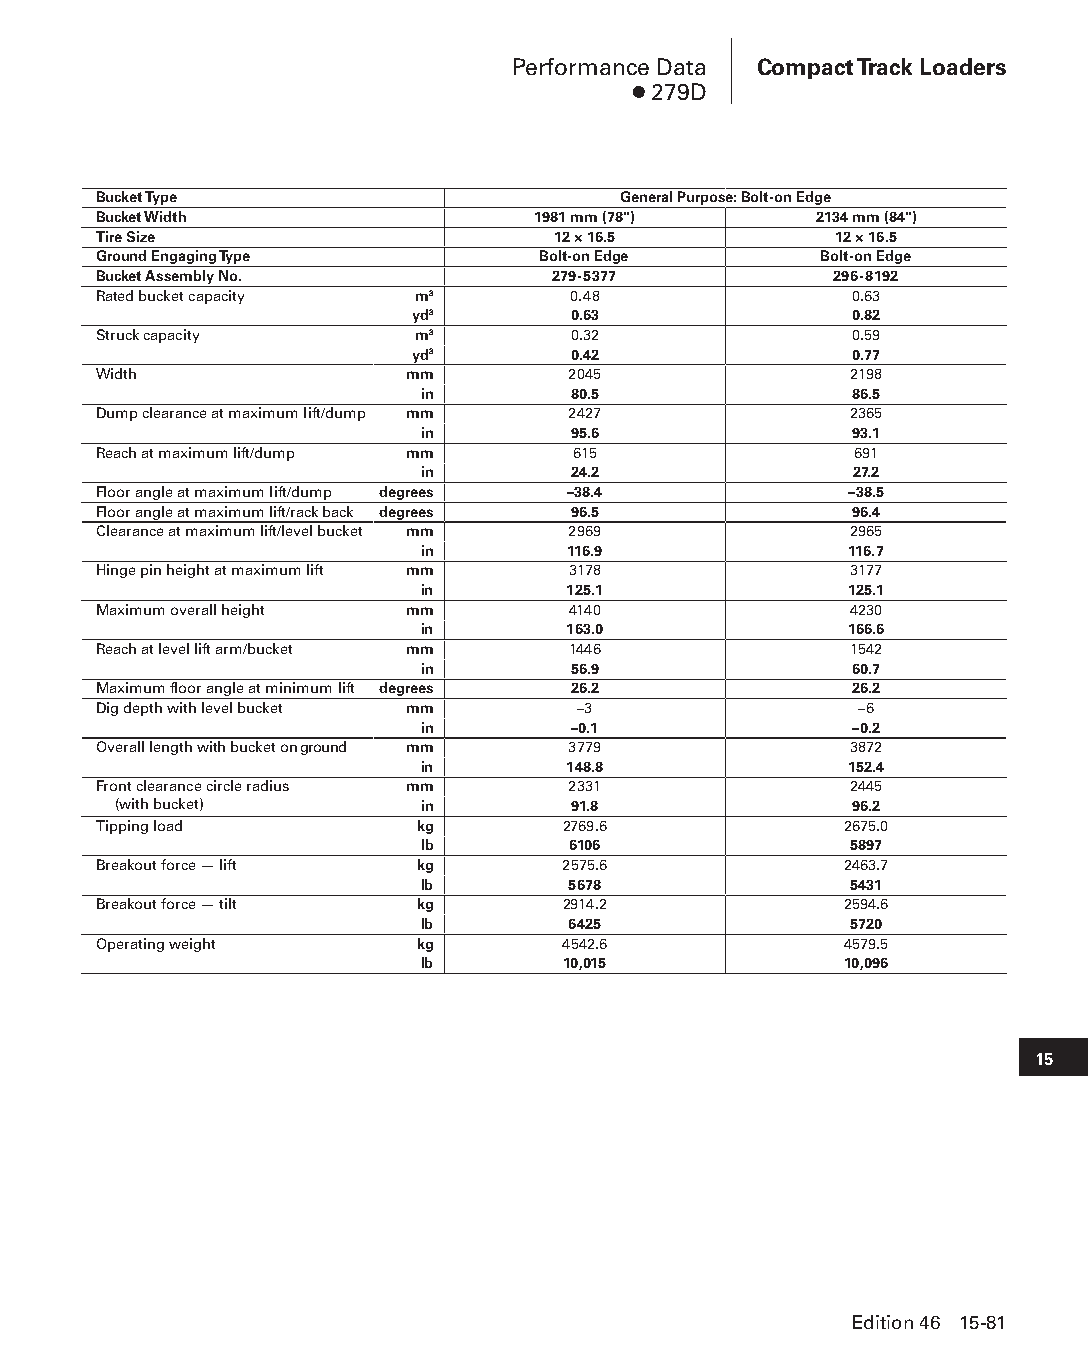
Performance Data Compact Track Loaders
 ● 279D
 Bucket Type                       General Purpose: Bolt-on Edge
 Bucket Width                 1981 mm (78")     2134 mm (84")
 Tire Size                     12 × 16.5          12 × 16.5
 Ground Engaging Type         Bolt-on Edge       Bolt-on Edge
 Bucket Assembly No.           279-5377           296-8192
 Rated bucket capacity m3       0.48               0.63
 yd3       0.63               0.82
 Struck capacity      m3        0.32               0.59
 yd3       0.42               0.77
 Width               mm         2045               2198
 in        80.5               86.5
 Dump clearance at maximum lift/dump mm 2427       2365
 in        95.6               93.1
 Reach at maximum lift/dump mm  615                691
 in        24.2               27.2
 Floor angle at maximum lift/dump degrees –38.4    –38.5
 Floor angle at maximum lift/rack back degrees 96.5 96.4
 Clearance at maximum lift/level bucket mm 2969    2965
 in        116.9              116.7
 Hinge pin height at maximum lift mm 3178          3177
 in        125.1             125.1
 Maximum overall height mm      4140               4230
 in        163.0             166.6
 Reach at level lift arm/bucket mm 1446            1542
 in        56.9               60.7
 Maximum floor angle at minimum lift degrees 26.2  26.2
 Dig depth with level bucket mm  –3                –6
 in        –0.1               –0.2
 Overall length with bucket on ground mm 3779      3872
 in        148.8             152.4
 Front clearance circle radius mm 2331             2445
 (with bucket)       in        91.8               96.2
 Tipping load         kg        2769.6            2675.0
 lb        6106               5897
 Breakout force — lift kg       2575.6            2463.7
 lb        5678               5431
 Breakout force — tilt kg       2914.2            2594.6
 lb        6425               5720
 Operating weight     kg        4542.6            4579.5
 lb        10,015            10,096
 15
 Edition 46 15-81
 PPHHBB--SSeecc1155--1166..iinndddd 8811                        1122//44//1155 1100::5511 AAMM